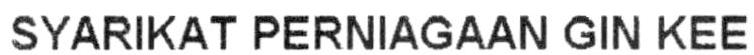
SYARIKAT PERNIAGAAN GIN KEE